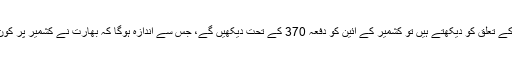
اس طرح جب آپ دونوں کے تعلق کو دیکھتے ہیں تو کشمیر کے آئین کو دفعہ 370 کے تحت دیکھیں گے، جس سے اندازہ ہوگا کہ بھارت نے کشمیر پر کون سی چیزیں لاگو کی ہیں۔